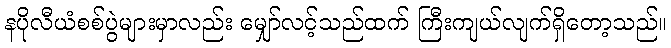
နပိုလီယံစစ်ပွဲများမှာလည်း မျှော်လင့်သည်ထက် ကြီးကျယ်လျက်ရှိတော့သည်။